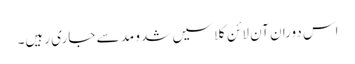
اس دوران آن لائن کلاسیں شدو مد سے جاری رہیں۔